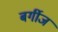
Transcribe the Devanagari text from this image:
बर्गीज